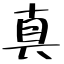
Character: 真